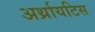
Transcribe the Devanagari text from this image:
अर्थ्रायटिस